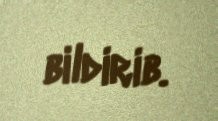
bildirib.